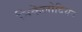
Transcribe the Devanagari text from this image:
निकेलोदियन